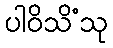
ပါဝိသိံသု